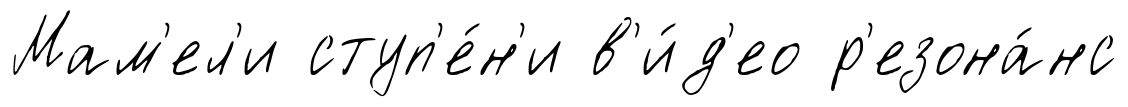
Мам'ел'и ступ'е́н'и в'и́д'ео р'езона́нс